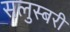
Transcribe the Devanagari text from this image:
सलुस्बरी